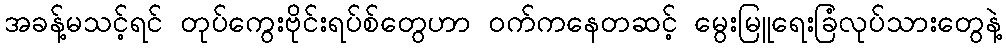
အခန့်မသင့်ရင် တုပ်ကွေးဗိုင်းရပ်စ်တွေဟာ ဝက်ကနေတဆင့် မွေးမြူရေးခြံလုပ်သားတွေနဲ့